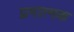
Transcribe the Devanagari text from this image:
प्रमात्मक